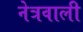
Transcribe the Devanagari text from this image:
नेत्रवाली